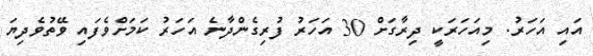
އައި އަހަރު. މިއަހަރަކީ ދިރާގަށް 30 އަހަރު ފުރިގެންދާނެ އަހަރު ކަމަށްވެފައި ވޭތުވެދިޔަ